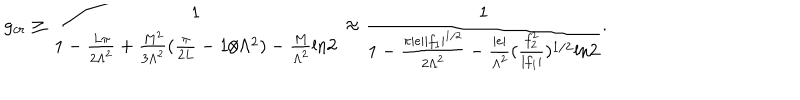
g _ { c r } \ge \frac { 1 } { 1 - \frac { L \pi } { 2 \Lambda ^ { 2 } } + \frac { M ^ { 2 } } { 3 \Lambda ^ { 2 } } ( \frac { \pi } { 2 L } - 1 / \Lambda ^ { 2 } ) - \frac { M } { \Lambda ^ { 2 } } \mathrm { l n } 2 } \approx \frac { 1 } { 1 - \frac { \pi | e | | f _ { 1 } | ^ { 1 / 2 } } { 2 \Lambda ^ { 2 } } - \frac { | e | } { \Lambda ^ { 2 } } ( \frac { f _ { 2 } ^ { 2 } } { | f _ { 1 } | } ) ^ { 1 / 2 } \mathrm { l n } 2 } .